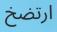
ارتضخ